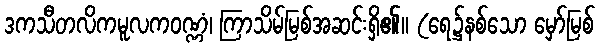
ဒကသီတလိကမူလကဝဏ္ဏံ၊ ကြာသိမ်မြစ်အဆင်းရှိ၏။ (ရေ၌နစ်သော မှော်မြစ်